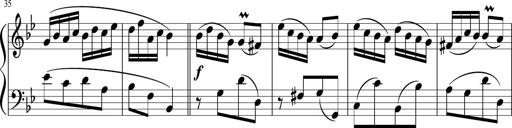
Title: 12 Keyboard Sonatinas
Composer: James Hook